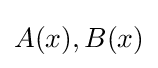
A(x),B(x)